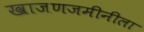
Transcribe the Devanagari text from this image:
खाजणजमीनीला